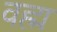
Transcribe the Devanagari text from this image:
वह्म